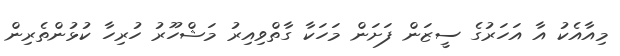
މިއާއެކު އާ އަހަރުގެ ސީޒަން ފަށަން މަހަކާ ގާތްވިއިރު މަޝްހޫރު ހުރިހާ ކުޅުންތެރިން